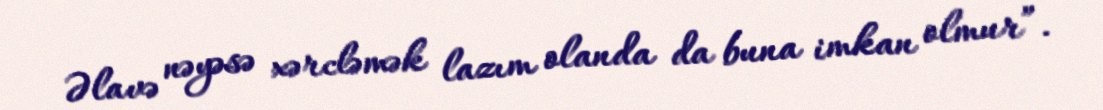
Əlavə nəyəsə xərcləmək lazım olanda da buna imkan olmur”.